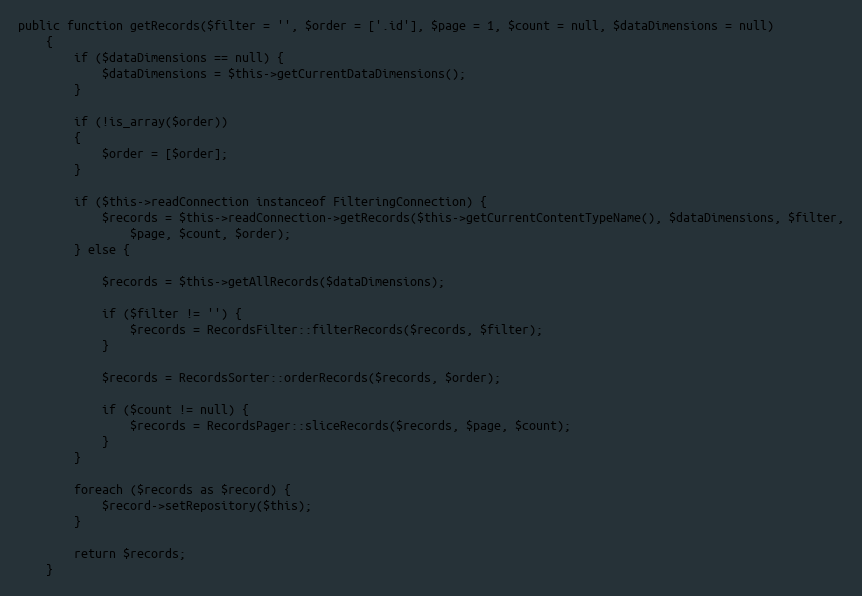
Language: PHP
public function getRecords($filter = '', $order = ['.id'], $page = 1, $count = null, $dataDimensions = null)
    {
        if ($dataDimensions == null) {
            $dataDimensions = $this->getCurrentDataDimensions();
        }

        if (!is_array($order))
        {
            $order = [$order];
        }

        if ($this->readConnection instanceof FilteringConnection) {
            $records = $this->readConnection->getRecords($this->getCurrentContentTypeName(), $dataDimensions, $filter,
                $page, $count, $order);
        } else {

            $records = $this->getAllRecords($dataDimensions);

            if ($filter != '') {
                $records = RecordsFilter::filterRecords($records, $filter);
            }

            $records = RecordsSorter::orderRecords($records, $order);

            if ($count != null) {
                $records = RecordsPager::sliceRecords($records, $page, $count);
            }
        }

        foreach ($records as $record) {
            $record->setRepository($this);
        }

        return $records;
    }